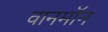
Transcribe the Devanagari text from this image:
वानमॉन